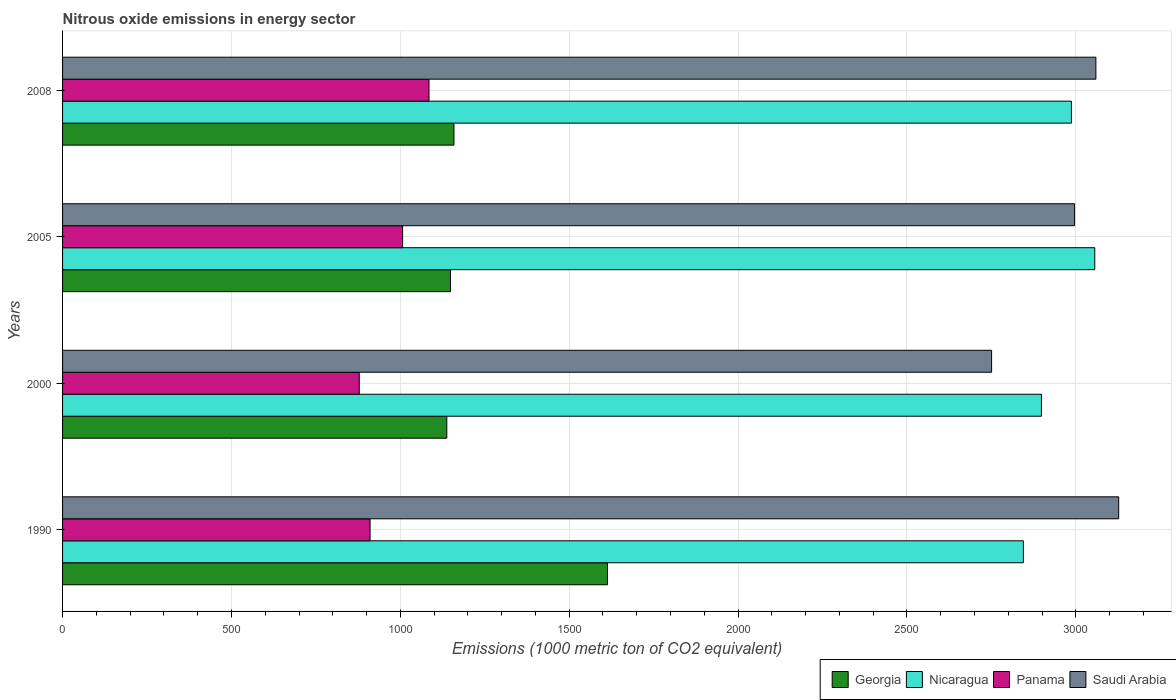
| Years | Georgia | Nicaragua | Panama | Saudi Arabia |
 | --- | --- | --- | --- | --- |
 | 1990 | 1.61e+03 | 2.84e+03 | 910 | 3.13e+03 |
 | 2000 | 1.14e+03 | 2.9e+03 | 878 | 2.75e+03 |
 | 2005 | 1.15e+03 | 3.06e+03 | 1.01e+03 | 3e+03 |
 | 2008 | 1.16e+03 | 2.99e+03 | 1.08e+03 | 3.06e+03 |